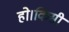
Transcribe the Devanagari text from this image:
हो।किसी